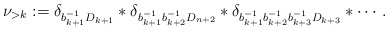
\begin{align*}\nu_{>k}:=\delta_{b_{k+1}^{-1}D_{k+1}}\ast\delta_{b_{k+1}^{-1}b_{k+2}^{-1}D_{n+2}}\ast\delta_{b_{k+1}^{-1}b_{k+2}^{-1}b_{k+3}^{-1}D_{k+3}}\ast\cdots.\end{align*}